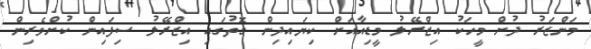
މަންޒަރު ދުށް މީހަކު އިޒްރޭލު މީޑިއާއަށް ކިޔައިދިން ގޮތުގައި އިޒްރޭލު ސިފައިން ކުށްވެރިން